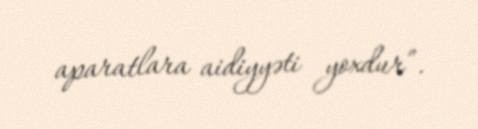
aparatlara aidiyyəti yoxdur”.